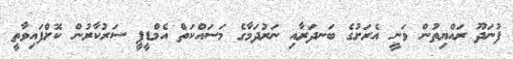
ފުނަދޫ ރައްޔިތުން ވަނީ އެރަށުގެ ބަނދަރާއި ނަރުދަމާގެ މަސައްކަތް އެމްޑީޕީ ސަރުކާރުން ކޮށްފައިވާތީ